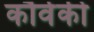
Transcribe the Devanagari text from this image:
कौर्वकी